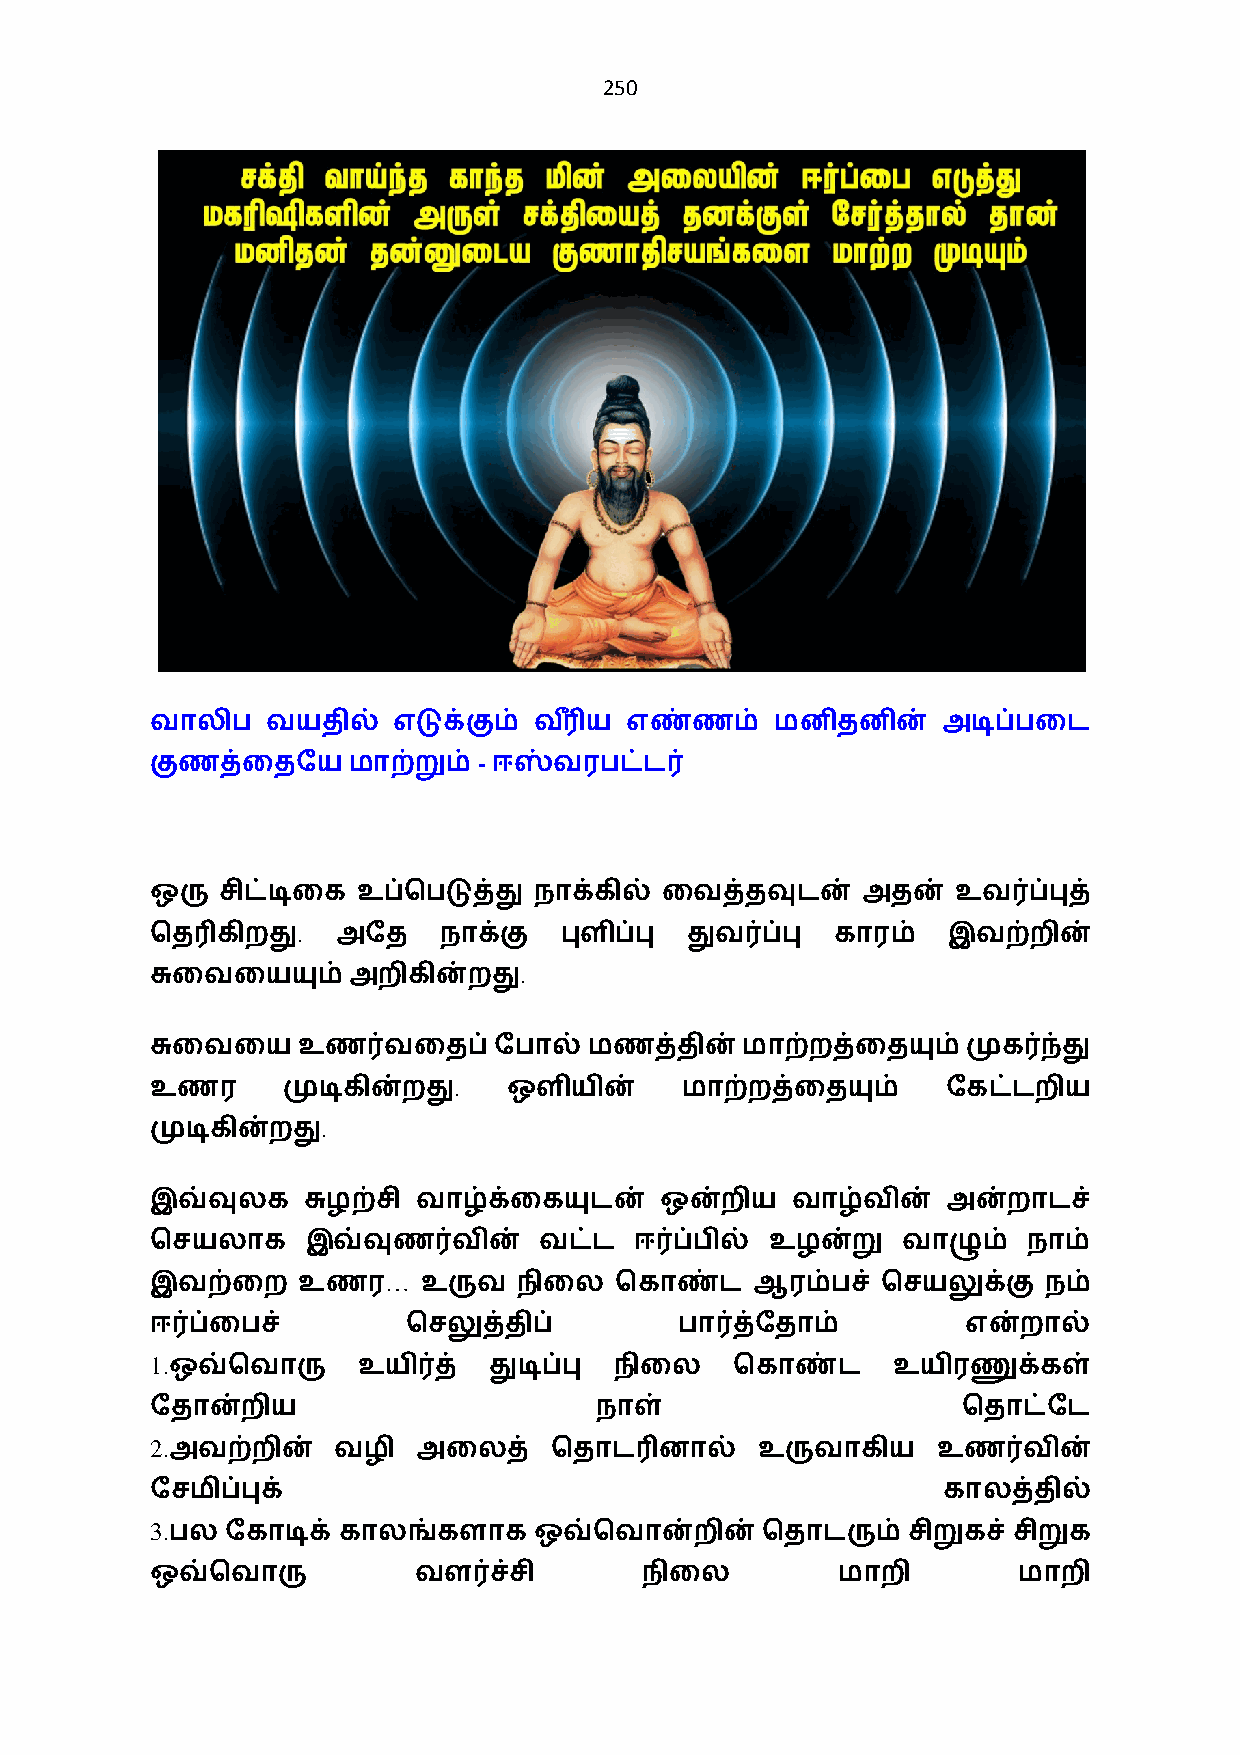
250
 வாலிப   வயதில்  எடுக்கும் வ3+ ய எண்ணம்   மனிதனின்   அடிப்பைட
 -
 குணத்ைதேயமாற்றும்      ஈஸ்வரபட்ட0
 ஒரு  சிட்டிைக உப்ெபடுத்து நாக்கில் ைவத்தவுடன்  அதன்  உவ0ப்புத்
 .
 ெத3கிறது    அேத    நாக்கு  புளிப்பு துவ0ப்பு காரம்   இவற்றின்
 .
 சுைவையயும்   அறிகின்றது
 சுைவைய    உண0வைதப்     ேபால் மணத்தின்  மாற்றத்ைதயும்  முக0ந்து
 .
 உணர      முடிகின்றது    ஒளியின்    மாற்றத்ைதயும்     ேகட்டறிய
 .
 முடிகின்றது
 இவ்வுலக   சுழற்சி வாழ்க்ைகயுடன்   ஒன்றிய  வாழ்வின்   அன்றாடச்
 ெசயலாக    இவ்வுண0வின்     வட்ட  ஈ0ப்பில் உழன்று   வாழும்  நாம்
 …
 இவற்ைற    உணர     உருவ  நிைல   ெகாண்ட   ஆரம்பச் ெசயலுக்கு  நம்
 ஈ0ப்ைபச்         ெசலுத்திப்        பா0த்ேதாம்         என்றால்
 1.
 ஒவ்ெவாரு     உயி0த்  துடிப்பு நிைல    ெகாண்ட    உயிரணுக்கள்
 ேதான்றிய                     நாள்                     ெதாட்ேட
 2.
 அவற்றின்   வழி   அைலத்   ெதாட3னால்     உருவாகிய    உண0வின்
 ேசமிப்புக்                                          காலத்தில்
 3.
 பல  ேகாடிக் காலங்களாக   ஒவ்ெவான்றின்   ெதாடரும்  சிறுகச் சிறுக
 ஒவ்ெவாரு         வள0ச்சி         நிைல        மாறி        மாறி